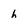
Character: h